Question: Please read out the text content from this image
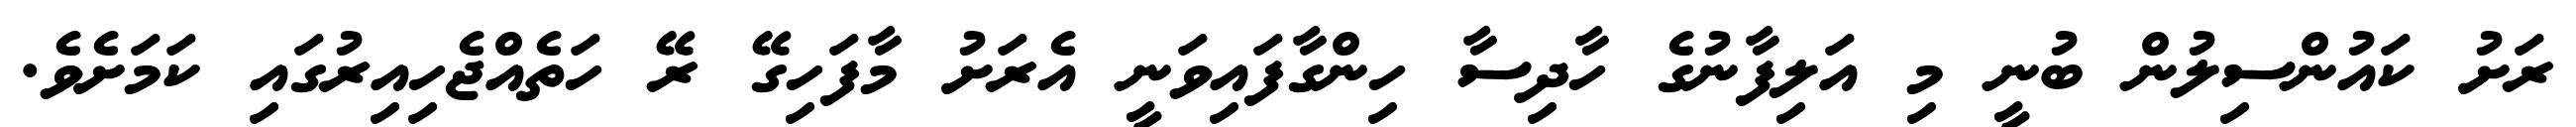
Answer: ރަށު ކައުންސިލުން ބުނީ މި އަލިފާނުގެ ހާދިސާ ހިންގާފައިވަނީ އެރަށު މާފަހިގޭ ރޭ ހަތެއްޖެހިއިރުގައި ކަމަށެވެ.